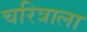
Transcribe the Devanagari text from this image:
चरित्राला